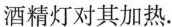
酒精灯对其加热.